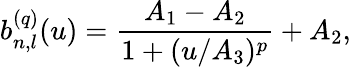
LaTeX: b_{n,l}^{(q)}(u)=\frac{A_{1}-A_{2}}{1+(u/A_{3})^{p}}+A_{2},